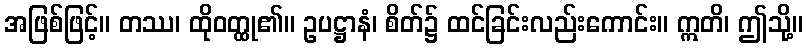
အဖြစ်ဖြင့်။ တဿ၊ ထိုဝတ္ထု၏။ ဥပဋ္ဌာနံ၊ စိတ်၌ ထင်ခြင်းလည်းကောင်း။ ဣတိ၊ ဤသို့။